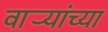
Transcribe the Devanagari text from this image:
वार्‍यांच्या